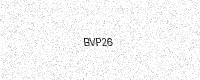
Text: BVP26